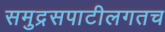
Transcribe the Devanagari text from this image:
समुद्रसपाटीलगतच